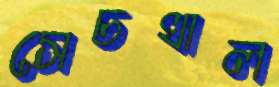
সেচখাল